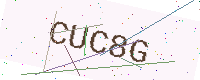
Text: CUC8G